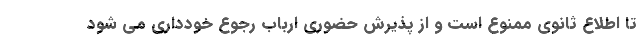
تا اطلاع ثانوی ممنوع است و از پذیرش حضوری ارباب رجوع خودداری می شود